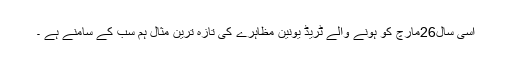
اسی سال26مارچ کو ہونے والے ٹریڈ یونین مظاہرے کی تازہ ترین مثال ہم سب کے سامنے ہے ۔